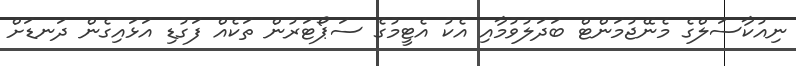
ނިއުކާސަލްގެ މެނޭޖުމަންޓް ބަދަލުވުމާއި އެކު އެޓީމުގެ ސަޕޯޓަރުން ތަކެއް ފަގުޑި އަޅައިގެން ދަނޑަށް